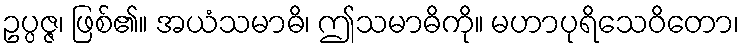
ဥပ္ပဇ္ဇ၊ ဖြစ်၏။ အယံသမာဓိ၊ ဤသမာဓိကို။ မဟာပုရိသေဝိတော၊